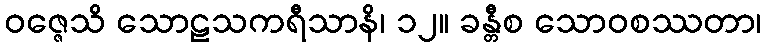
ဝဇ္ဇေသိ သောဠသကရီသာနိ၊ ၁၂။ ခန္တီစ သောဝစဿတာ၊